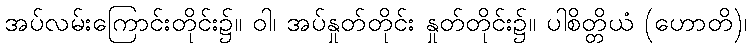
အပ်လမ်းကြောင်းတိုင်း၌။ ဝါ၊ အပ်နှုတ်တိုင်း နှုတ်တိုင်း၌။ ပါစိတ္တိယံ (ဟောတိ)၊